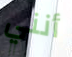
أنني